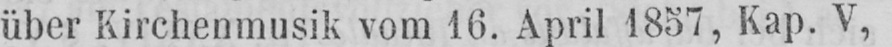
über Kirchenmusik vom 16. April 1857, Kap. V,